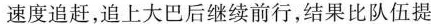
速度追赶，追上大巴后继续前行，结果比队伍提